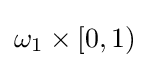
\omega _{1}\times [0,1)